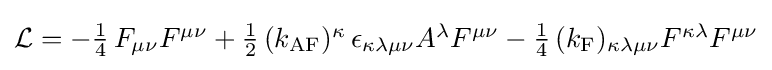
{\mathcal {L}}=-\textstyle {{1} \over {4}}\,F_{\mu \nu }F^{\mu \nu }+\textstyle {{1} \over {2}}\,(k_{\mathrm {AF} })^{\kappa }\,\epsilon _{\kappa \lambda \mu \nu }A^{\lambda }F^{\mu \nu }-\textstyle {{1} \over {4}}\,(k_{\mathrm {F} })_{\kappa \lambda \mu \nu }F^{\kappa \lambda }F^{\mu \nu }